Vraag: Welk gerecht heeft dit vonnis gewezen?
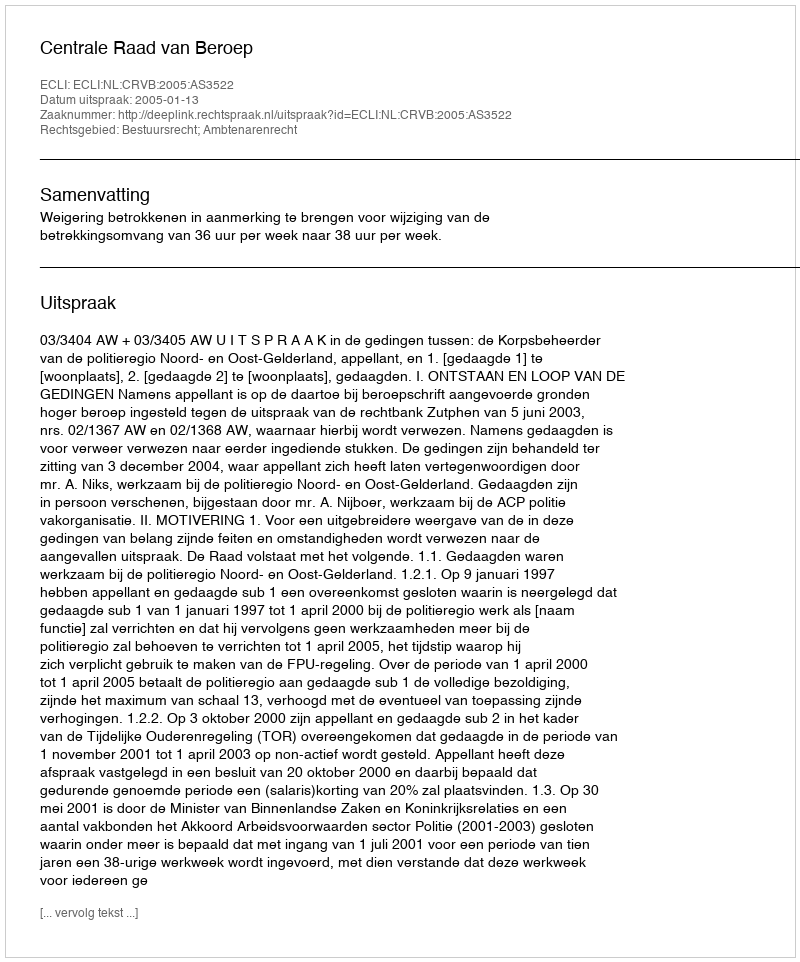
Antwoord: Centrale Raad van Beroep